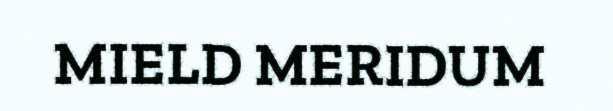
MIELD MERIDUM